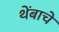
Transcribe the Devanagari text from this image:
थेंबाचे